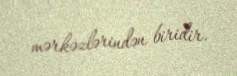
mərkəzlərindən biridir.